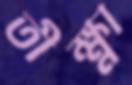
তীক্ষ্ণা